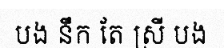
បង នឹក តែ ស្រី បង